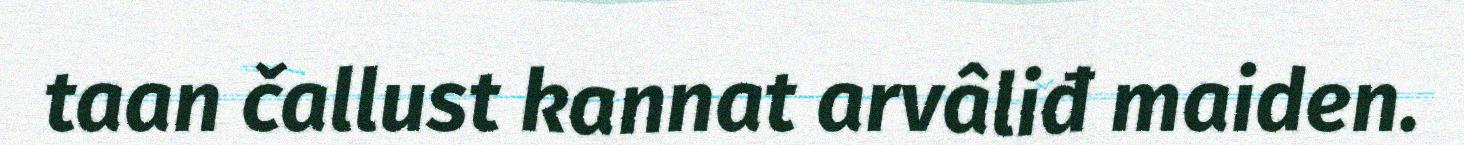
taan čallust kannat arvâliđ maiden.